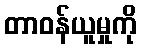
တာဝန်ယူမှုကို